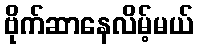
ဗိုက်ဆာနေလိမ့်မယ်